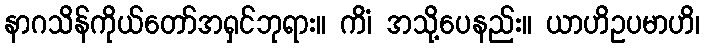
နာဂသိန်ကိုယ်တော်အရှင်ဘုရား။ ကိံ၊ အသို့ပေနည်း။ ယာဟိဥပမာဟိ၊